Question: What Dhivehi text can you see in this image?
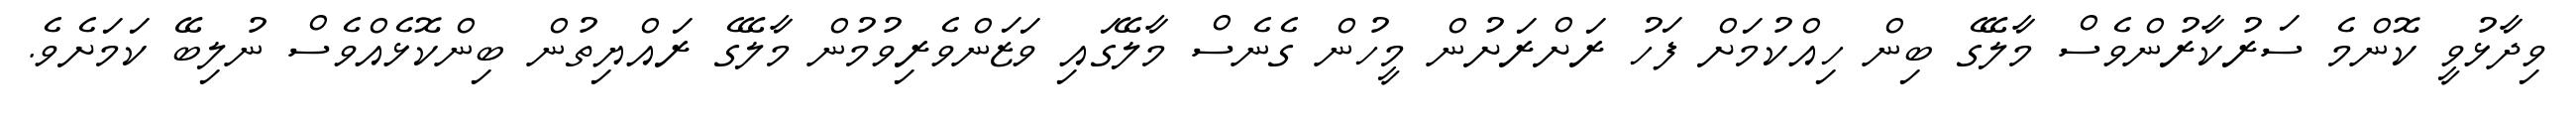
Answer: ވިދާޅުވީ ކޮންމެ ސަރުކާރުންވެސް މާލޭގެ ބިން ހިއްކުމަށް ފަހު ރަށްރަށުން މީހުން ގެނެސް މާލޭގައި ވަޒަންވެރިވުމުން މާލޭގެ ރައްޔިތުން ބިންކޮޅެއްވެސް ނުލިބޭ ކަމަށެވެ.